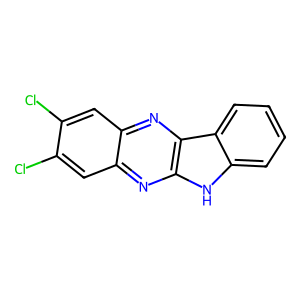
SMILES: Clc1cc2nc3[nH]c4ccccc4c3nc2cc1Cl
Inhibits HIV replication: No